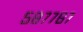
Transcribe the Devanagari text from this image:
५८७७६७